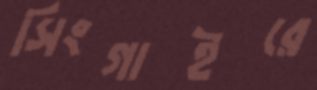
সিংগাইরে